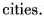
cities.